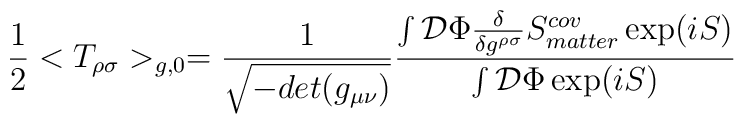
{1\over 2}<T_{\rho\sigma}>_{g,0} = { 1\over{ \sqrt{-det(g_{\mu\nu})} } }\frac{ \int {\cal D} \Phi {\delta\over {\delta g^{\rho\sigma}}}S_{matter}^{cov}\exp(iS) } {\int{\cal D}\Phi \exp(iS)}